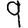
Digit: 9